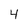
Character: 4